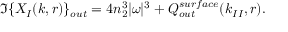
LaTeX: \Im \{ X _ { I } ( k , r ) \} _ { o u t } = 4 n _ { 2 } ^ { 3 } | \omega | ^ { 3 } + Q _ { o u t } ^ { s u r f a c e } ( k _ { I I } , r ) .